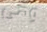
وهى